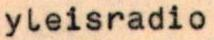
yleisradio